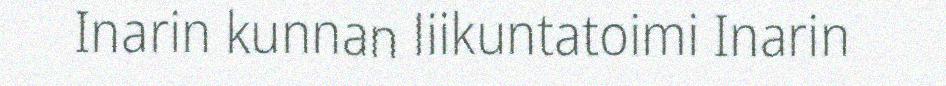
Inarin kunnan liikuntatoimi Inarin